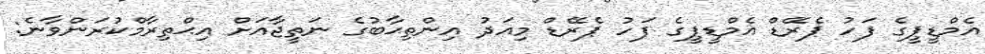
އެމްޑީޕީގެ ފަހު ޕެރޭޑް އެމްޑީޕީގެ ފަހު ޕެރޭޑް މިއަދު އިންތިޙާބުގެ ނަތީޖާއަށް އިޙްތިރާމްކުރަންވާނެ: